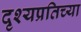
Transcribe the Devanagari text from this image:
दृश्यप्रतिच्या